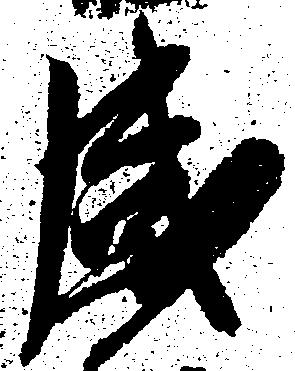
感